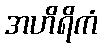
အဟိရိကံ